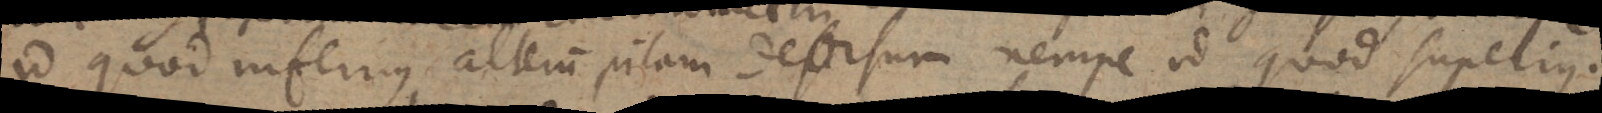
id quod inferius alterum pilam deorsum nempe id quod superius.